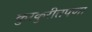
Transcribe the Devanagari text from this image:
कुरकुरीतपणा